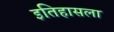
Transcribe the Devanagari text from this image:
इतिहासला